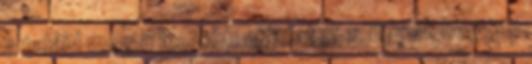
- találd meg a legjobb ajánlatot x Tippek hogyan